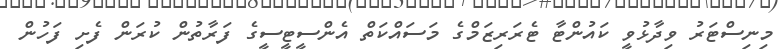
މިނިސްޓަރު ވިދާޅުވީ ކައުންޓާ ޓެރަރިޒަމްގެ މަސައްކަތް އެންސީޓީސީގެ ފަރާތުން ކުރަން ފެށި ފަހުން